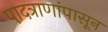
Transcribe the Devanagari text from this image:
पादत्राणांपासून